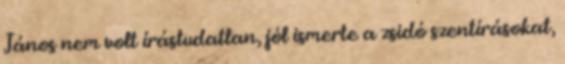
János nem volt írástudatlan, jól ismerte a zsidó szentírásokat,